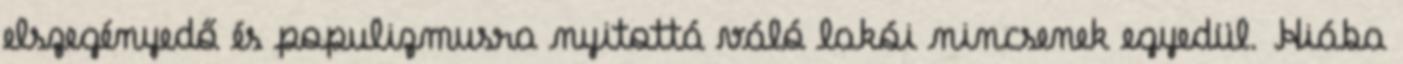
elszegényedő és populizmusra nyitottá váló lakói nincsenek egyedül. Hiába